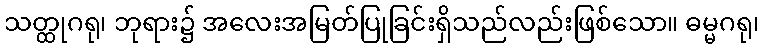
သတ္ထုဂရု၊ ဘုရား၌ အလေးအမြတ်ပြုခြင်းရှိသည်လည်းဖြစ်သော။ ဓမ္မဂရု၊